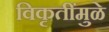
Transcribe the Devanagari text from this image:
विकृतींमुळे